Annual administration report of the Civil Veterinary Department of India - 1894-1895
Year: 1894
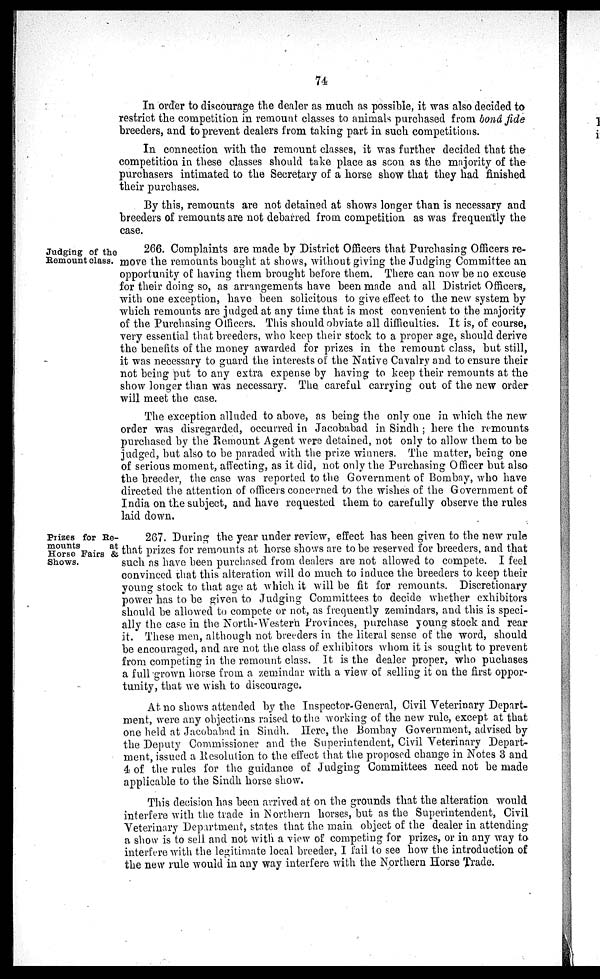
74
In order to discourage the dealer as much as possible, it was also decided to
restrict the competition in remount classes to animals purchased from bonâ fide
breeders, and to prevent dealers from taking part in such competitions.
In connection with the remount classes, it was further decided that the
competition in these classes should take place as scon as the majority of the
purchasers intimated to the Secretary of a horse show that they had finished
their purchases.
By this, remounts are not detained at shows longer than is necessary and
breeders of remounts are not debarred from competition as was frequently the
case.
Judging of the
Remount class.
266. Complaints are made by District Officers that Purchasing Officers re-
move the remounts bought at shows, without giving the Judging Committee an
opportunity of having them brought before them. There can now be no excuse
for their doing so, as arrangements have been made and all District Officers,
with one exception, have been solicitous to give effect to the new system by
which remounts are judged at any time that is most convenient to the majority
of the Purchasing Officers. This should obviate all difficulties. It is, of course,
very essential that breeders, who keep their stock to a proper age, should derive
the benefits of the money awarded for prizes in the remount class, but still,
it was necessary to guard the interests of the Native Cavalry and to ensure their
not being put to any extra expense by having to keep their remounts at the
show longer than was necessary. The. careful carrying out of the new order
will meet the case.
The exception alluded to above, as being the only one in which the new
order was disregarded, occurred in Jacobabad in Sindh ; here the remounts
purchased by the Remount Agent were detained, not only to allow them to be
judged, but also to be paraded with the prize winners. The matter, being one
of serious moment, affecting, as it did, not only the Purchasing Officer but also
the breeder, the case was reported to the Government of Bombay, who have
directed the attention of officers concerned to the wishes of the Government of
India on the subject, and have requested them to carefully observe the rules
laid down.
Prizes for Re-
mounts
at
Horse Fairs &
Shows.
267. During the year under review, effect has been given to the new rule
that prizes for remounts at horse shows are to be reserved for breeders, and that
such as have been purchased from dealers are not allowed to compete. I feel
convinced that this alteration will do much to induce the breeders to keep their
young stock to that age at which it will be fit for remounts. Discretionary
power has to be given to Judging Committees to decide whether exhibitors
should be allowed to compete or not, as frequently zemindars, and this is speci-
ally the case in the North-Western Provinces, purchase young stock and rear
it. These men, although not breeders in the literal sense of the word, should
be encouraged, and are not the class of exhibitors whom it is sought to prevent
from competing in the remount class. It is the dealer proper, who puchases
a full-grown horse from a zemindar with a view of selling it on the first oppor-
tunity, that we wish to discourage.
At no shows attended by the Inspector-General, Civil Veterinary Depart-
ment, were any objections raised to the working of the new rule, except at that
one held at Jacobabad in Sindh. Here, the Bombay Government, advised by
the Deputy Commissioner and the Superintendent, Civil Veterinary Depart-
ment, issued a Resolution to the effect that the proposed change in Notes 3 and
4 of the rules for the guidance of Judging Committees need not be made
applicable to the Sindh horse show.
This decision has been arrived at on the grounds that the alteration would
interfere with the trade in Northern horses, but as the Superintendent, Civil
Veterinary Department, states that the main object of the dealer in attending
a show is to sell and not with a view of competing for prizes, or in any way to
interfere with the legitimate local breeder, I fail to see how the introduction of
the new rule would in any way interfere with the Northern Horse Trade.